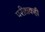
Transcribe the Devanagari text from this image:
परीक्षकही